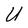
Character: U